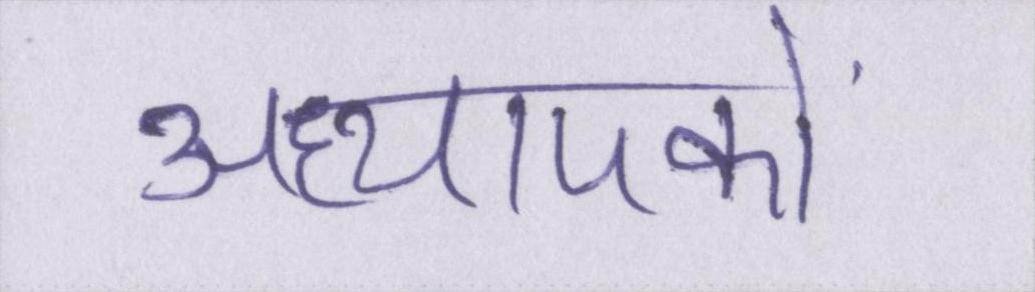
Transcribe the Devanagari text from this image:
अध्यापकों